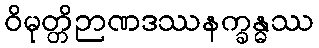
ဝိမုတ္တိဉာဏဒဿနက္ခန္ဓဿ